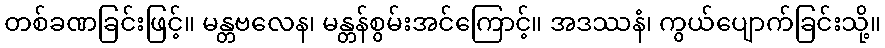
တစ်ခဏခြင်းဖြင့်။ မန္တဗလေန၊ မန္တန်စွမ်းအင်ကြောင့်။ အဒဿနံ၊ ကွယ်ပျောက်ခြင်းသို့။